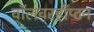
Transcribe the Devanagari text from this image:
वॉलवरहाँप्टन